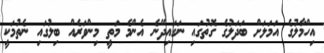
އިހްމާލުގެ އަމަލަށް ބަދަލުގެ ގޮތުގައި ނަގައިދޭނެ އެންމެ މަތީ މިންވަރެއް ބިލުގައި ނެތުމަކީ